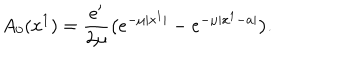
LaTeX: A _ { 0 } ( x ^ { 1 } ) = { \frac { e ^ { \prime } } { 2 \mu } } \big ( e ^ { - \mu | x ^ { 1 } | } - e ^ { - \mu | x ^ { 1 } - a | } \big ) .